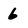
Character: 6